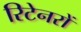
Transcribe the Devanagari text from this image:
रिटेनरों